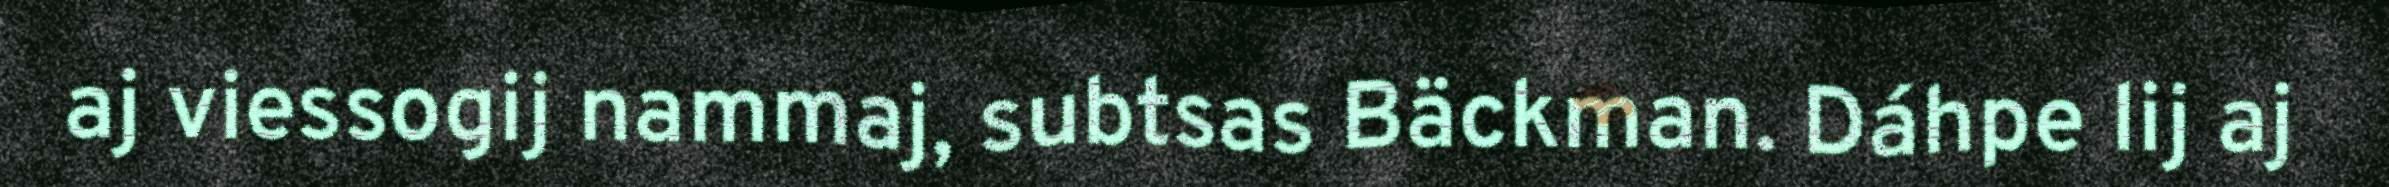
aj viessogij nammaj, subtsas Bäckman. Dáhpe lij aj